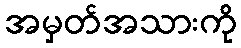
အမှတ်အသားကို